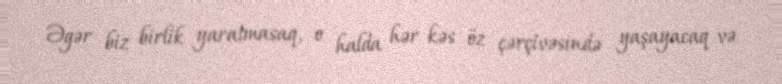
Əgər biz birlik yaratmasaq, o halda hər kəs öz çərçivəsində yaşayacaq və